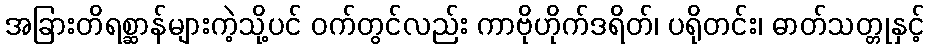
အခြားတိရစ္ဆာန်များကဲ့သို့ပင် ဝက်တွင်လည်း ကာဗိုဟိုက်ဒရိတ်၊ ပရိုတင်း၊ ဓာတ်သတ္တုနှင့်